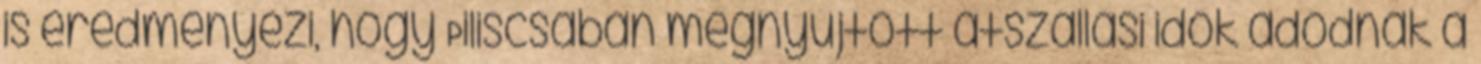
is eredményezi, hogy Piliscsabán megnyújtott átszállási idők adódnak a